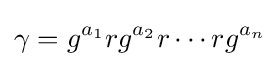
\gamma =g^{a_{1}}rg^{a_{2}}r\cdots rg^{a_{n}}